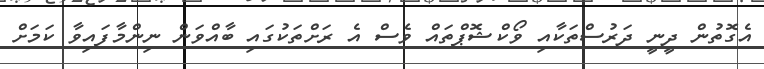
އެގޮތުން ދީނީ ދަރުސްތަކާއި ވޯކްޝޮޕްތައް ވެސް އެ ރަށްތަކުގައި ބާއްވަން ނިންމާފައިވާ ކަމަށް